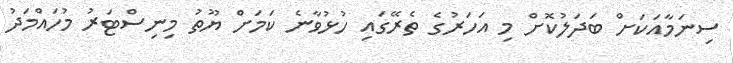
ސިނަމާއަކަށް ބަދަލުކޮށް މި އަހަރުގެ ތެރޭގައި ހުޅުވާނެ ކަމަށް ޔޫތު މިނިސްޓަރު މުހައްމަދު